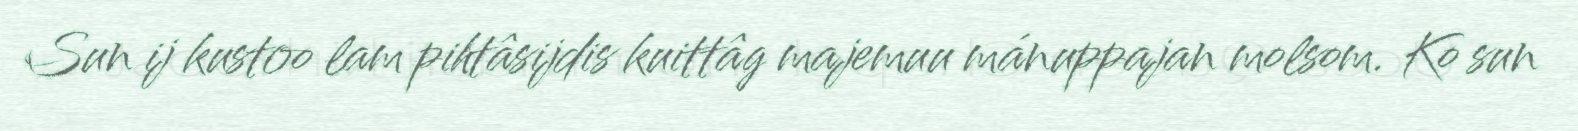
Sun ij kustoo lam pihtâsijdis kuittâg majemuu mánuppajan molsom. Ko sun